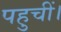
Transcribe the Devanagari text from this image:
पहुचीं।